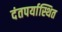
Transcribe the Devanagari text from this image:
दंतपर्यास्थित